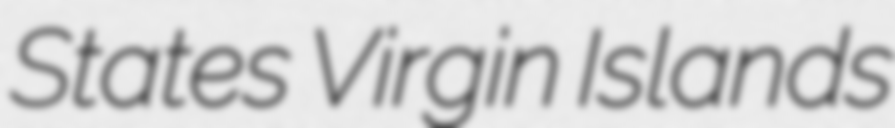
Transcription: States Virgin Islands